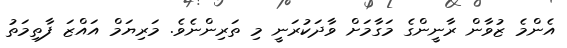
އެންމެ ޒުވާން ރާނީންގެ މަގާމަށް ވާދަކުރަނީ މި ތަރިންނެވެ. މަރިޔަމް އައްޒަ ފާތިމަތު